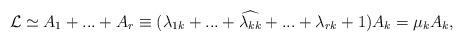
LaTeX: \begin{align*}\mathcal{L}\simeq A_1+ ... +A_r \equiv (\lambda_{1k}+ ...+\widehat{\lambda_{kk}} + ... +\lambda_{rk}+1)A_k=\mu_kA_k, \end{align*}